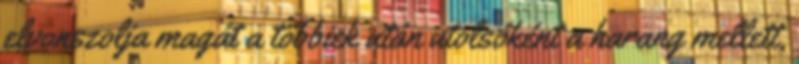
elvonszolja magát a többiek után utolsóként a harang mellett,